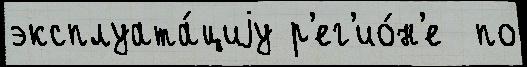
эксплуата́циjу р'ег'ио́н'е  по